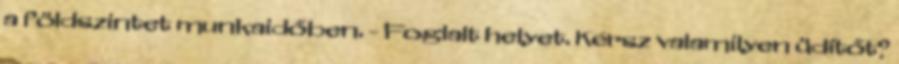
a földszintet munkaidőben. - Foglalt helyet. Kérsz valamilyen üdítőt?